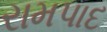
રામપાદ